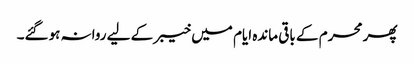
پھر محرم کے باقی ماندہ ایام میں خیبر کے لیے روانہ ہوگئے۔